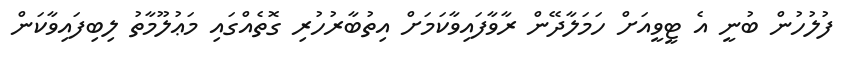
ފުލުހުން ބުނީ އެ ޓީވީއަށް ހަމަލާދޭން ރާވާފައިވާކަމަށް އިތުބާރުހުރި ގޮތެއްގައި މަޢުލޫމާތު ލިބިފައިވާކަން